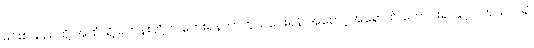
မင်းစသည်တို့ အထံသို့ ရဟန်းတို့က ဘေးရန်ကာကွယ်ပေးရန် အစောင့်အရှောက် တောင်းရာနှင့် ပတ်သက်၍